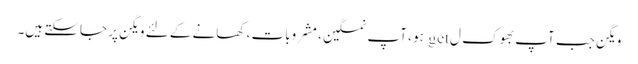
ویگن جب آپ بھوک ل get ہو ، آپ نمکین ، مشروبات ، کھانے کے لئے ویگن پر جاسکتے ہیں۔